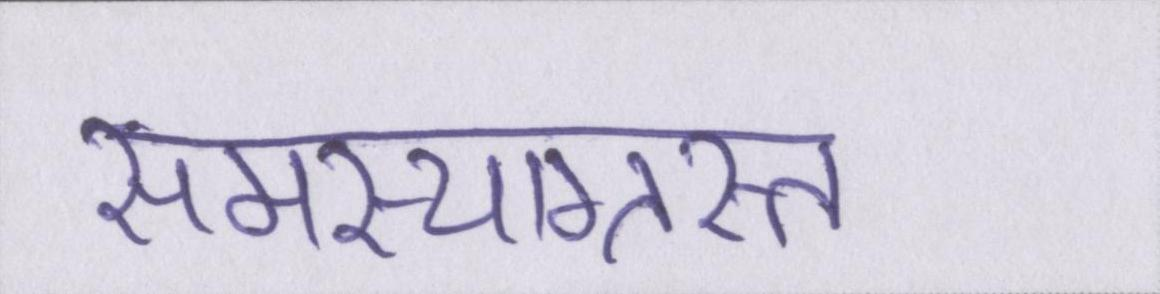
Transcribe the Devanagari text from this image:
समस्याग्रस्त